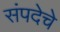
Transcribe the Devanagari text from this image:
संपदेचे